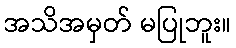
အသိအမှတ် မပြုဘူး။